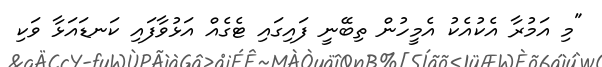
"މި އަމުރާ އެކުއެކު އެމީހުން ތިބޭނީ ފައިގައި ޓެގެއް އަޅުވާފައި ކަނޑައަޅާ ވަކި